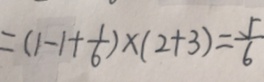
= ( 1 - 1 + \frac { 1 } { 6 } ) \times ( 2 + 3 ) = \frac { 5 } { 6 }